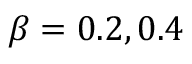
\beta = 0 . 2 , 0 . 4